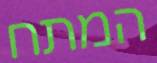
המתח